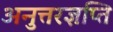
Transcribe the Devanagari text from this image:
अनुत्तरज्ञप्ति